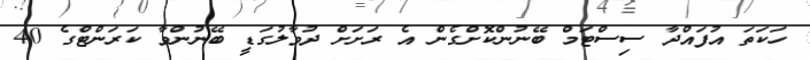
ހަކަތަ އުފައްދާ ސިސްޓަމް ބޭނުންކޮށްގެން އެ ރަށަށް ދުވާލުގަޑީ ބޭނުންވާ ކަރަންޓްގެ 40